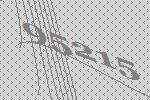
95215